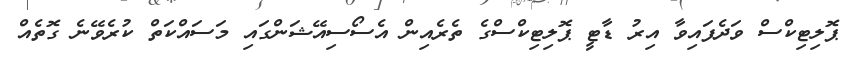
ޕޮލިޓިކްސް ވަދެފައިވާ އިރު ޑާޓީ ޕޮލިޓިކްސްގެ ތެރެއިން އެސޯސިއޭޝަންގައި މަސައްކަތް ކުރެވޭނެ ގޮތެއް